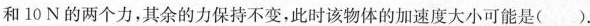
和10N的两个力，其余的力保持不变，此时该物体的加速度大小可能是( ).